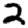
Digit: 2